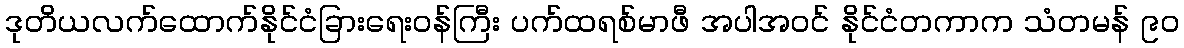
ဒုတိယလက်ထောက်နိုင်ငံခြားရေးဝန်ကြီး ပက်ထရစ်မာဖီ အပါအဝင် နိုင်ငံတကာက သံတမန် ၉၀